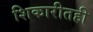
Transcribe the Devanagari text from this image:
शिकारीतही